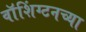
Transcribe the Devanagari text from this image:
वाॅशिंग्टनच्या